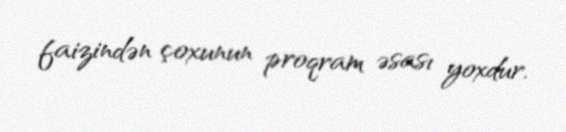
faizindən çoxunun proqram əsası yoxdur.